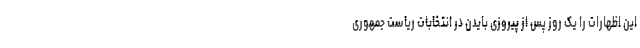
این اظهارات را یک روز پس از پیروزی بایدن در انتخابات ریاست جمهوری